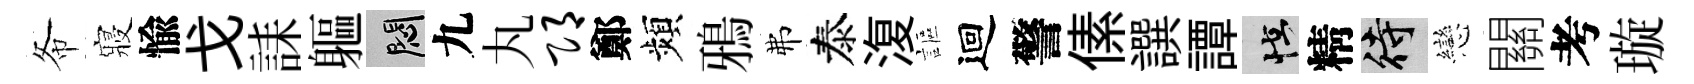
𢁙寢愉戈誄軀悶九丸邛鄭頻鴉弗泰𣸪謳迴警傃譔譚怪精待戀關考璇